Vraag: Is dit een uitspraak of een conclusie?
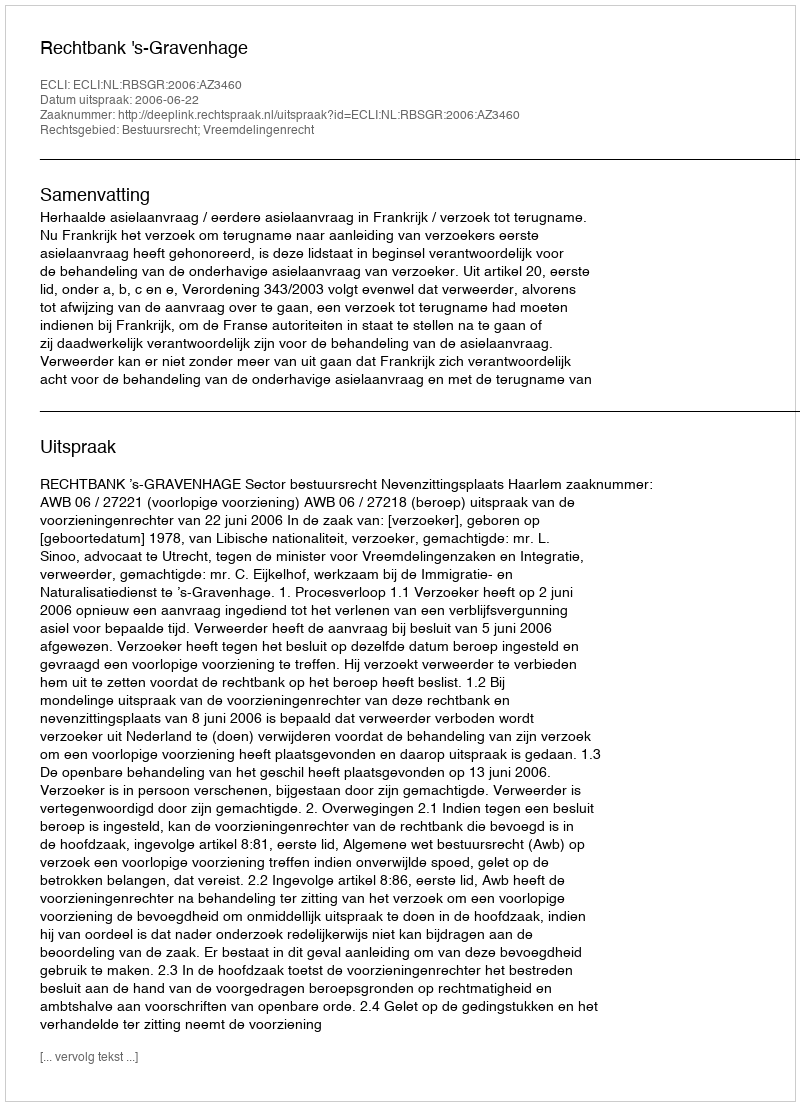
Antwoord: Uitspraak